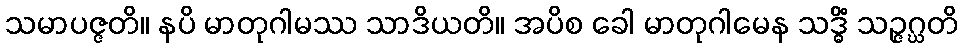
သမာပဇ္ဇတိ။ နပိ မာတုဂါမဿ သာဒိယတိ။ အပိစ ခေါ မာတုဂါမေန သဒ္ဓိံ သဉ္ဇဂ္ဃတိ